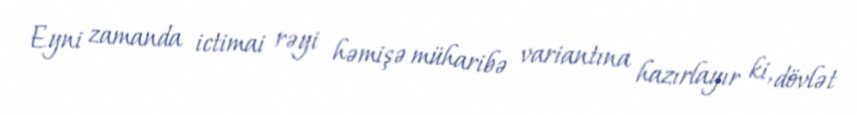
Eyni zamanda ictimai rəyi həmişə müharibə variantına hazırlayır ki, dövlət